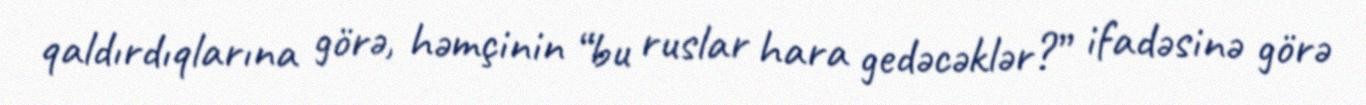
qaldırdıqlarına görə, həmçinin “bu ruslar hara gedəcəklər?” ifadəsinə görə